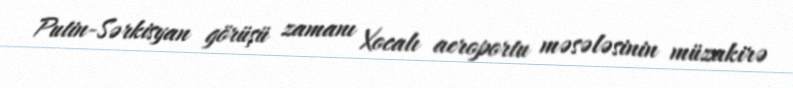
Putin-Sərkisyan görüşü zamanı Xocalı aeroportu məsələsinin müzakirə